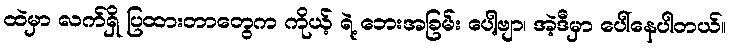
ထဲမှာ လက်ရှိ ပြထားတာတွေက ကိုယ့် ရဲ့ ဘေးအခြမ်း ပေါ့ဗျာ၊ အဲ့ဒီမှာ ပေါ်နေပါတယ်။